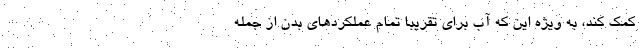
کمک کند، به ویژه این که آب برای تقریبا تمام عملکردهای بدن از جمله